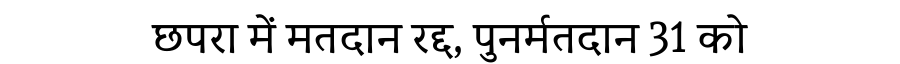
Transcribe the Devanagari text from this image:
छपरा में मतदान रद्द, पुनर्मतदान 31 को